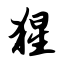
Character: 猩